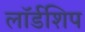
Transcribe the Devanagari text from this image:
लॉर्डशिप